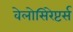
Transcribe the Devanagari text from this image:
वेलोसिरेप्टर्स